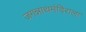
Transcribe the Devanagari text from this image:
जगन्नाथमंदिराला